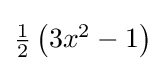
{\textstyle {\tfrac {1}{2}}\left(3x^{2}-1\right)}